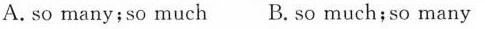
A. so many;so much B.so much;so many